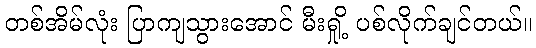
တစ်အိမ်လုံး ပြာကျသွားအောင် မီးရှို့ ပစ်လိုက်ချင်တယ်။